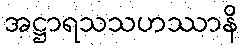
အဋ္ဌာရသသဟဿာနိ